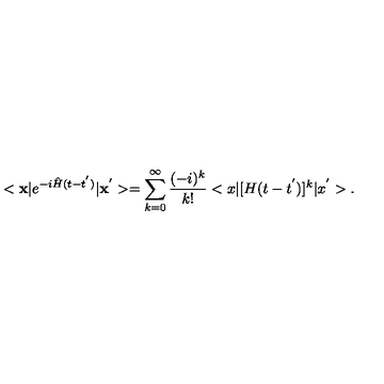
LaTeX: < { \bf x } \vert e ^ { - i { \hat { H } } ( t - t ^ { ' } ) } \vert { \bf x } ^ { ' } > = \sum _ { k = 0 } ^ { \infty } \frac { ( - i ) ^ { k } } { k ! } < x \vert [ H ( t - t ^ { ' } ) ] ^ { k } \vert x ^ { ' } > .